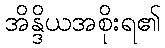
အိန္ဒိယအစိုးရ၏